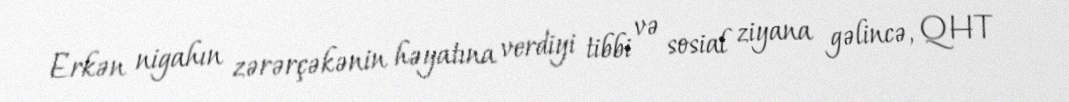
Erkən nigahın zərərçəkənin həyatına verdiyi tibbi və sosial ziyana gəlincə, QHT